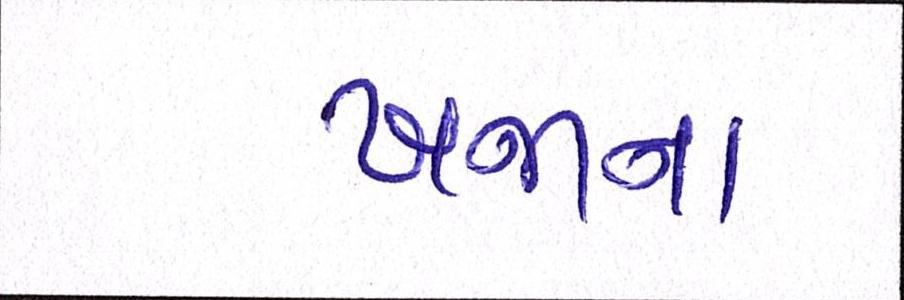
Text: ખજાના